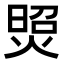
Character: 𤋜